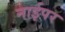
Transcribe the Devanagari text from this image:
नाईपर